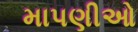
માપણીઓ